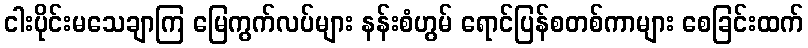
ငါးပိုင်းမသေချာကြ မြေကွက်လပ်များ နန်းစံဟွမ် ရောင်ပြန်စတစ်ကာများ စေခြင်းထက်